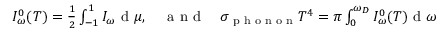
\begin{array} { r } { I _ { \omega } ^ { 0 } ( T ) = \frac { 1 } { 2 } \int \displaylimits _ { - 1 } ^ { 1 } I _ { \omega } \textrm { d } \mu , \quad \textrm { a n d } \quad \sigma _ { \textrm { p h o n o n } } T ^ { 4 } = \pi \int \displaylimits _ { 0 } ^ { \omega _ { D } } I _ { \omega } ^ { 0 } ( T ) \textrm { d } \omega } \end{array}